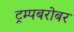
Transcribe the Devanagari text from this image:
ट्रम्पबरोबर